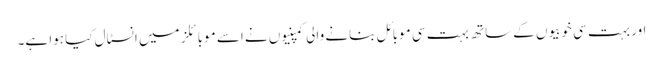
اور بہت سی خوبیوں کے ساتھ بہت سی موبائل بنانے والی کمپنیوں نے اسے موبائلز میں انسٹال کیا ہوا ہے۔